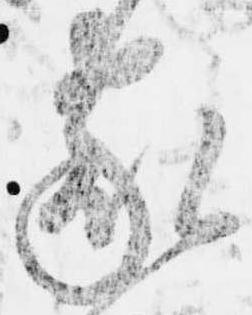
家